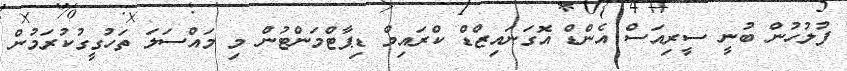
ފުލުހުން ބުނީ ސީރިއަސް އެންޑް އޮގަނައިޒްޑް ކްރައިމް ޑިޕާޓްމަންޓުން މި މައްސަލަ ތަހުގީގުކުރަމުން